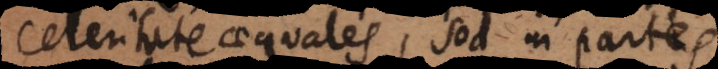
celeritate aequales, sed in partes